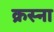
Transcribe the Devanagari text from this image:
क्रस्ना